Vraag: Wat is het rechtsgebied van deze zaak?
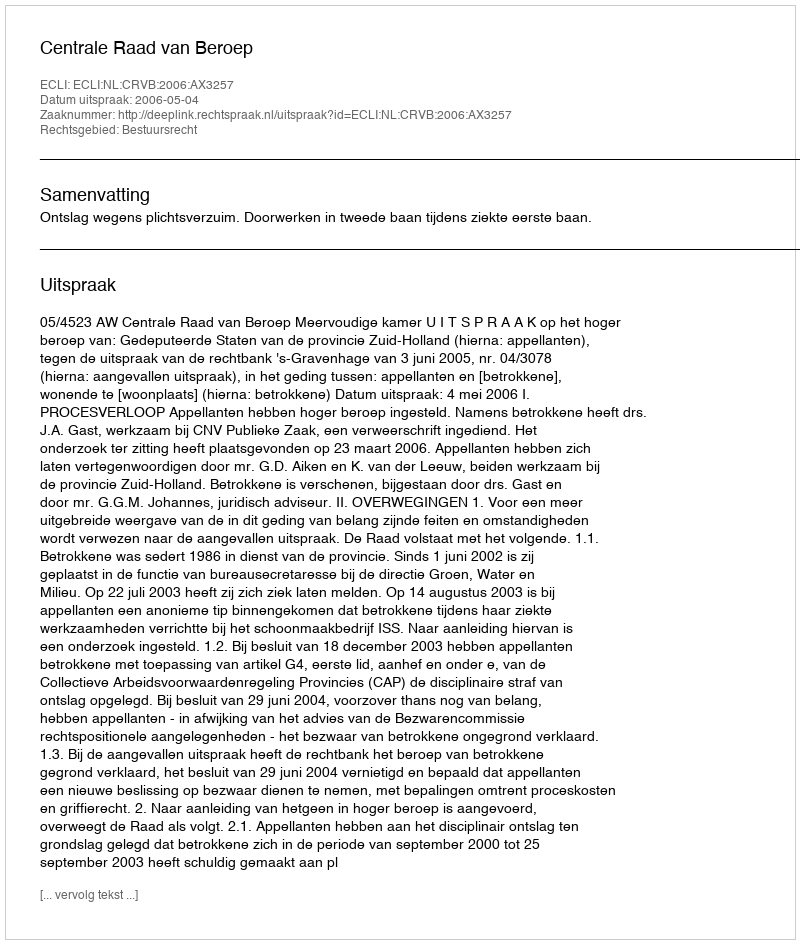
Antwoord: Bestuursrecht